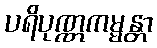
ပရိပုဏ္ဏကမ္မန္တာ